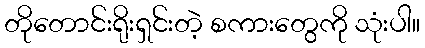
တိုတောင်းရိုးရှင်းတဲ့ စကားတွေကို သုံးပါ။